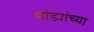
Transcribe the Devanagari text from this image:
मांड्यांच्या